Annual statistical returns and brief notes on vaccination in Bengal - 1909-1929
Year: 1909
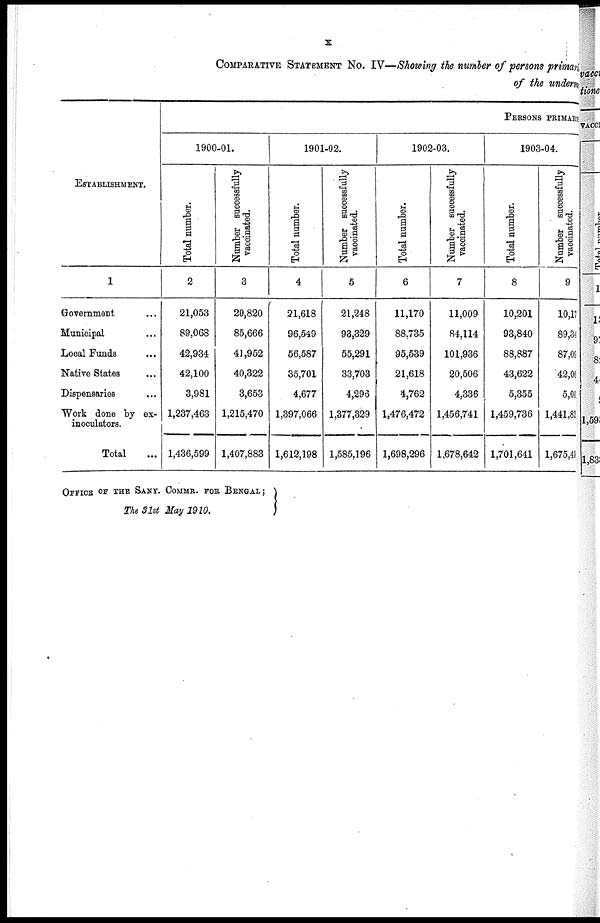
x
COMPARATIVE STATEMENT No. IV—Showing the number of persons primary
of the underm
ESTABLISHMENT.
1
Government ...
Municipal ...
Local Funds ...
Native States ...
Dispensaries ...
Work done by ex-
inoculators.
Total ...
PERSONS PRIMARY
1900-01.
Total number.
2
21,053
89,068
42,934
42,100
3,981
1,237,463
1,436,599
Number successfully
vaccinated.
3
20,820
85,666
41,952
40,322
3,653
1,215,470
1,407,883
1901-02.
Total number.
4
21,618
96,549
56,587
35,701
4,677
1,397,066
1,612,198
Number successfully
vaccinated.
5
21,248
93,329
55,291
33,703
4,296
1,377,329
1,585,196
1902-03.
Total number.
6
11,170
88,735
95,539
21,618
4,762
1,476,472
1,698,296
Number successfully
vaccinated.
7
11,009
84,114
101,936
20,506
4,336
1,456,741
1,678,642
1903-04.
Total number.
8
10,201
93,840
88,887
43,622
5,355
1,459,736
1,701,641
Number successfully
vaccinated.
9
10,17
89,34
87,09
42,06
5,00
1,441,82
1,675,49
OFFICE OF THE SANY. COMMR. FOR BENGAL;
The 31st May 1910.